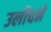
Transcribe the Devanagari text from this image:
उलीचने